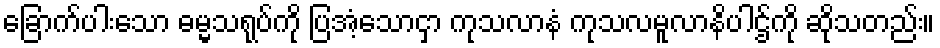
ခြောက်ပါးသော ဓမ္မသရုပ်ကို ပြအံ့သောငှာ ကုသလာနံ ကုသလမူလာနိပါဌ်ကို ဆိုသတည်း။